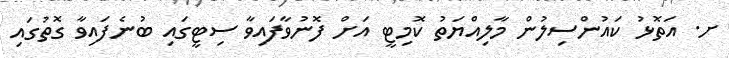
ށ. އަތޮޅު ކައުންސިލުން މާލިއްޔަތު ކޮމިޓީ އަށް ފޮނުވާފައިވާ ސިޓީގައި ބުނެފައިވާ ގޮތުގައި